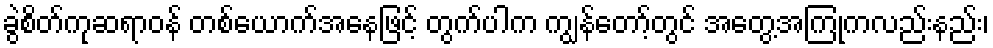
ခွဲစိတ်ကုဆရာဝန် တစ်ယောက်အနေဖြင့် တွက်ပါက ကျွန်တော့်တွင် အတွေ့အကြုံကလည်းနည်း၊